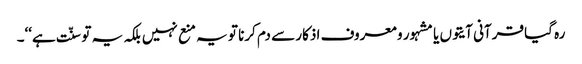
رہ گیا قرآنی آیتوں یا مشہور و معروف اذکار سے دم کرنا تو یہ منع نہیں بلکہ یہ تو سنّت ہے‘‘۔